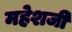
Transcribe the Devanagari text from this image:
महेशजी